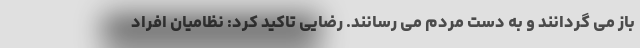
باز می گردانند و به دست مردم می رسانند. رضایی تاکید کرد: نظامیان افراد